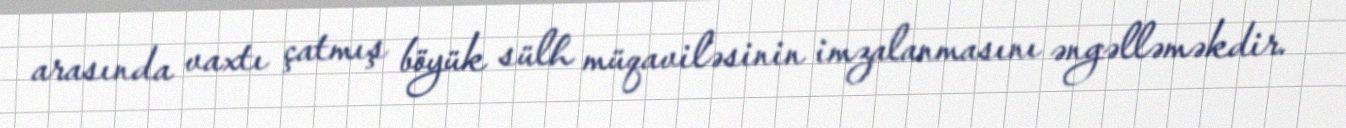
arasında vaxtı çatmış böyük sülh müqaviləsinin imzalanmasını əngəlləməkdir.